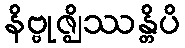
နိဗ္ဗုဇ္ဈိဿန္တိပိ